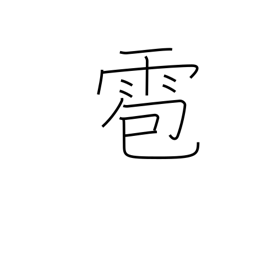
Meaning: hail